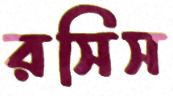
রসিস